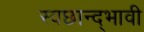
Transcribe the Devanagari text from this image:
स्वछान्द्भावी